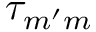
\tau _ { m ^ { \prime } m }